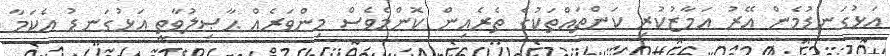
އަޅުގަނޑުމެން އޭރު އަމާޒުކުރި ކަންތައްތަކުގެ ތެރެއިން ކޮންމެވެސް މިންވަރެއް ޙާޞިލުވާތީ އަޅުގަނޑު އެކަމާ